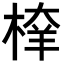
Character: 𣖂